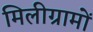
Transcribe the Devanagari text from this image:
मिलीग्रामों